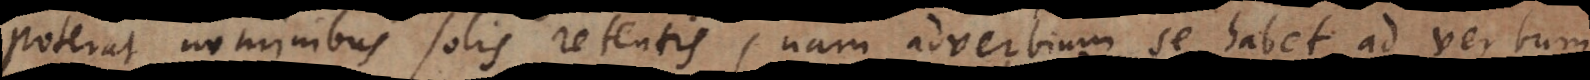
poterat nominibus solis retentis, nam adverbium se habet ad verbum,